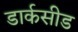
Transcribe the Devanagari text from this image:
डार्कसीड